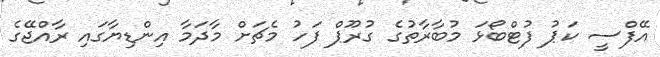
އޭފްސީ ކަޕު ފުޓްބޯޅަ މުބާރާތުގެ ގުރޫޕް ފަހު މެޗަށް މާދަމާ އިންޑިޔާގައި ރާއްޖޭގެ